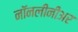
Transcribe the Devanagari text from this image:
नॉनलीनीअर